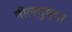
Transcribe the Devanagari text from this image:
नीलपुष्पा